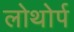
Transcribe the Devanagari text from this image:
लोथोर्प